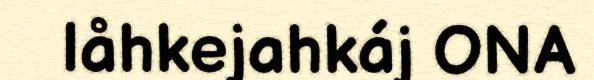
låhkejahkáj ONA